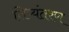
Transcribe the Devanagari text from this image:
लिप्‍यंतरण